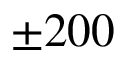
\pm 2 0 0